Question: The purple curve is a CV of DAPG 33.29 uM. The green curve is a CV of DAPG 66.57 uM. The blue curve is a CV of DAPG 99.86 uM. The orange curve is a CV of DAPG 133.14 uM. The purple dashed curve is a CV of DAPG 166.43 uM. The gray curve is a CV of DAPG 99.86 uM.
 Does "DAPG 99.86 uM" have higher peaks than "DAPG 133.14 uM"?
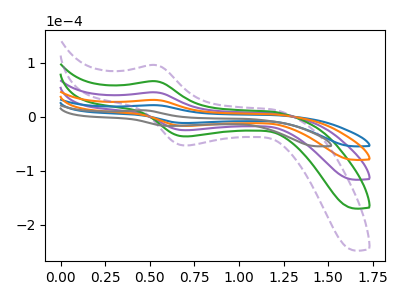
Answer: <think>The purple curve "DAPG 33.29 uM" has an anodic peak at (0.55V, 61.75uA) and a cathodic peak at (0.70V, -34.50uA). The green curve "DAPG 66.57 uM" has an anodic peak at (0.55V, 92.65uA) and a cathodic peak at (0.70V, -51.75uA). The blue curve "DAPG 99.86 uM" has an anodic peak at (0.55V, 21.20uA) and a cathodic peak at (0.70V, -11.85uA). The orange curve "DAPG 133.14 uM" has an anodic peak at (0.55V, 30.90uA) and a cathodic peak at (0.70V, -17.25uA). The purple dashed curve "DAPG 166.43 uM" has an anodic peak at (0.55V, 123.50uA) and a cathodic peak at (0.70V, -69.00uA). The gray curve "DAPG 99.86 uM" has an anodic peak at (0.45V, 11.70uA) and a cathodic peak at (0.60V, -17.20uA).</think>
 <answer>Every peak in "DAPG 99.86 uM" is lower than every peak in "DAPG 133.14 uM".</answer>
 <eval>lower</eval>